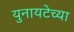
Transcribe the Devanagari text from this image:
युनायटेच्या